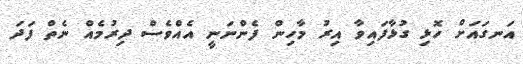
އަނގައަށް ހޮޅި ގުޅާފައިވާ އިރު މާހިން ފެންނަނީ އެއްވެސް ދިރުމެއް ނެތް ފަދަ